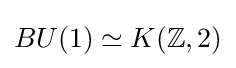
BU(1)\simeq K(\mathbb {Z} ,2)